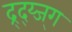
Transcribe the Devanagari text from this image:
द्र्द्य्ज्ग